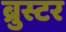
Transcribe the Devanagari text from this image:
ब्रुस्टर